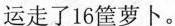
运走了16筐萝卜。